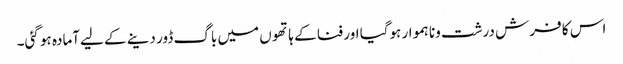
اس کا فرش درشت ونا ہموار ہوگیا اور فنا کے ہاتھو ں میں باگ ڈور دینے کے لیےآمادہ ہو گئی۔